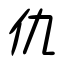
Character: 仇